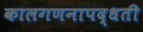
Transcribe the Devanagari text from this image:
कालगणनापद्धती